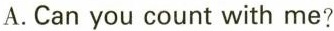
A.Can you count with me?